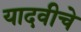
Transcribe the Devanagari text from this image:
यादवीचे